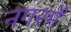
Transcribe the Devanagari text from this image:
नगरमें